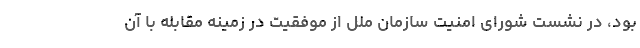
بود، در نشست شورای امنیت سازمان ملل از موفقیت در زمینه مقابله با آن